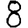
Digit: 8